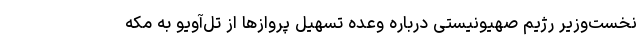
نخست‌وزیر رژیم صهیونیستی درباره وعده تسهیل پروازها از تل‌آویو به مکه